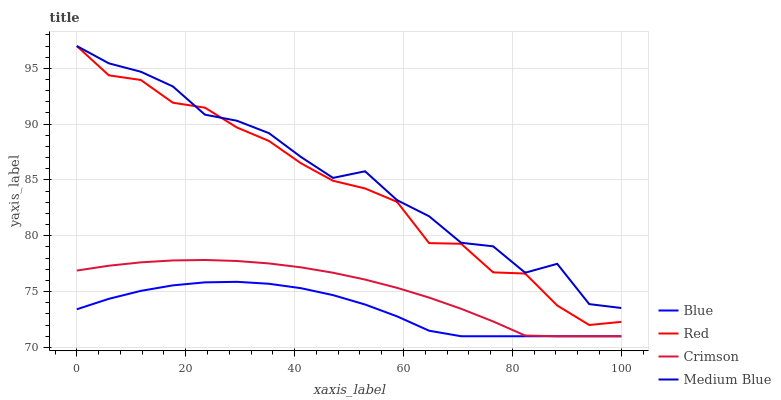
| xaxis_label | Blue | Red | Crimson | Medium Blue |
 | --- | --- | --- | --- | --- |
 | 0 | 73.4 | 97 | 76.9 | 97 |
 | 5.88 | 74.4 | 94.4 | 77.3 | 95.4 |
 | 11.8 | 75.1 | 94 | 77.6 | 94.7 |
 | 17.6 | 75.6 | 91.9 | 77.8 | 93.4 |
 | 23.5 | 75.8 | 91.5 | 77.8 | 90.9 |
 | 29.4 | 75.9 | 89.7 | 77.7 | 90.3 |
 | 35.3 | 75.7 | 88.5 | 77.5 | 89.2 |
 | 41.2 | 75.3 | 86.5 | 77.2 | 87.1 |
 | 47.1 | 74.7 | 84.9 | 76.7 | 85.2 |
 | 52.9 | 73.8 | 84.2 | 76.1 | 85.8 |
 | 58.8 | 72.8 | 83 | 75.3 | 83.2 |
 | 64.7 | 71.5 | 79.3 | 74.5 | 81.7 |
 | 70.6 | 71 | 79.3 | 73.5 | 79.4 |
 | 76.5 | 71 | 76.7 | 72.3 | 79.1 |
 | 82.4 | 71 | 76.6 | 71.1 | 76.7 |
 | 88.2 | 71 | 73.8 | 71 | 77.5 |
 | 94.1 | 71 | 72 | 71 | 73.9 |
 | 100 | 71 | 72.3 | 71 | 73.5 |